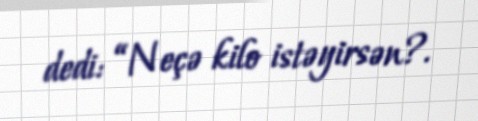
dedi: “Neçə kilo istəyirsən?.